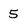
Character: 5